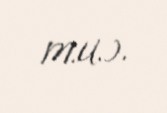
M.U.).